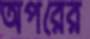
অপরের